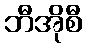
ဘီအိုစီ